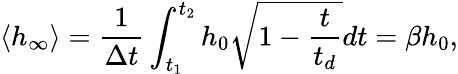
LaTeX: \langle h_{\infty}\rangle=\frac{1}{\Delta t}\int_{t_{1}}^{t_{2}}h_{0}\sqrt{1-\frac{t}{t_{d}}}dt=\beta h_{0},